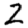
Digit: 2